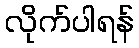
လိုက်ပါရန်